Vaccination North-Western Provinces 1866-1877 - 1866-1877
Year: 1866
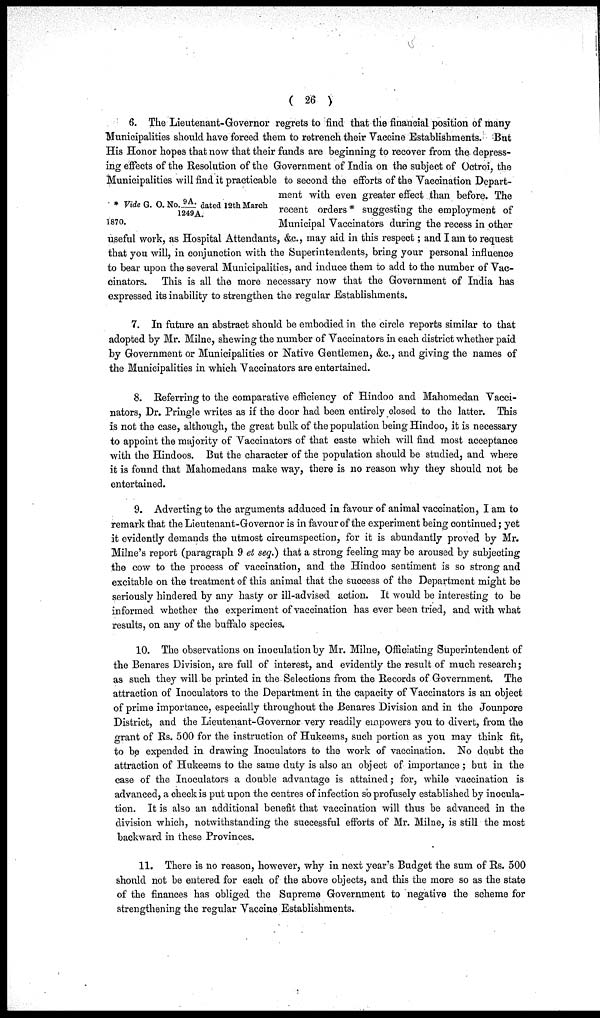
( 26 )
* Vide G. O.No.9A./1249A. dated 12th March
1870.
6. The Lieutenant-Governor regrets to find that the financial position of many
Municipalities should have forced them to retrench their Vaccine Establishments. But
His Honor hopes that now that their funds are beginning to recover from the depress-
ing effects of the Resolution of the Government of India on the subject of Octroi, the
Municipalities will find it practicable to second the efforts of the Vaccination Depart-
ment with even greater effect than before. The
recent orders* suggesting the employment of
Municipal Vaccinators during the recess in other
useful work, as Hospital Attendants, &c., may aid in this respect; and I am to request
that you will, in conjunction with the Superintendents, bring your personal influence
to bear upon the several Municipalities, and induce them to add to the number of Vac-
cinators. This is all the more necessary now that the Government of India has
expressed its inability to strengthen the regular Establishments.
7. In future an abstract should be embodied in the circle reports similar to that
adopted by Mr. Milne, shewing the number of Vaccinators in each district whether paid
by Government or Municipalities or Native Gentlemen, &c., and giving the names of
the Municipalities in which Vaccinators are entertained.
8. Referring to the comparative efficiency of Hindoo and Mahomedan Vacci-
nators, Dr. Pringle writes as if the door had been entirely closed to the latter. This
is not the case, although, the great bulk of the population being Hindoo, it is necessary
to appoint the majority of Vaccinators of that caste which will find most acceptance
with the Hindoos. But the character of the population should be studied, and where
it is found that Mahomedans make way, there is no reason why they should not be
entertained.
9. Adverting to the arguments adduced in favour of animal vaccination, I am to
remark that the Lieutenant-Governor is in favour of the experiment being continued; yet
it evidently demands the utmost circumspection, for it is abundantly proved by Mr.
Milne's report (paragraph 9 et seq.) that a strong feeling may be aroused by subjecting
the cow to the process of vaccination, and the Hindoo sentiment is so strong and
excitable on the treatment of this animal that the success of the Department might be
seriously hindered by any hasty or ill-advised action. It would be interesting to be
informed whether the experiment of vaccination has ever been tried, and with what
results, on any of the buffalo species.
10. The observations on inoculation by Mr. Milne, Officiating Superintendent of
the Benares Division, are full of interest, and evidently the result of much research;
as such they will be printed in the Selections from the Records of Government. The
attraction of Inoculators to the Department in the capacity of Vaccinators is an object
of prime importance, especially throughout the Benares Division and in the Jounpore
District, and the Lieutenant-Governor very readily empowers you to divert, from the
grant of Rs. 500 for the instruction of Hukeems, such portion as you may think fit,
to be expended in drawing Inoculators to the work of vaccination. No doubt the
attraction of Hukeems to the same duty is also an object of importance ; but in the
case of the Inoculators a double advantage is attained; for, while vaccination is
advanced, a check is put upon the centres of infection so profusely established by inocula-
tion. It is also an additional benefit that vaccination will thus be advanced in the
division which, notwithstanding the successful efforts of Mr. Milne, is still the most
backward in these Provinces.
11. There is no reason, however, why in next year's Budget the sum of Rs. 500
should not be entered for each of the above objects, and this the more so as the state
of the finances has obliged the Supreme Government to negative the scheme for
strengthening the regular Vaccine Establishments.